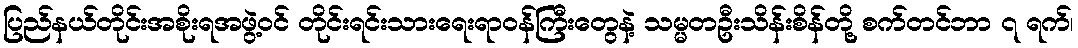
ပြည်နယ်တိုင်းအစိုးရအဖွဲ့ဝင် တိုင်းရင်းသားရေးရာဝန်ကြီးတွေနဲ့ သမ္မတဦးသိန်းစိန်တို့ စက်တင်ဘာ ၇ ရက်၊